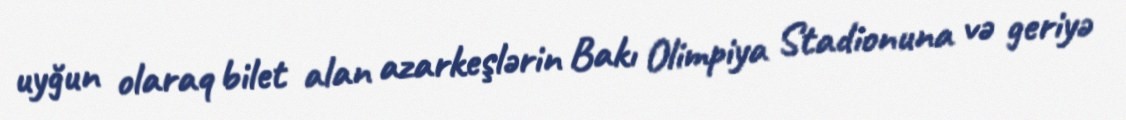
uyğun olaraq bilet alan azarkeşlərin Bakı Olimpiya Stadionuna və geriyə